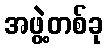
အဖွဲ့တစ်ခု